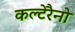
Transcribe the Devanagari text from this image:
कल्टेरैनो